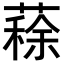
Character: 𦺪